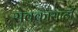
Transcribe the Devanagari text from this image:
सेवकासाठी